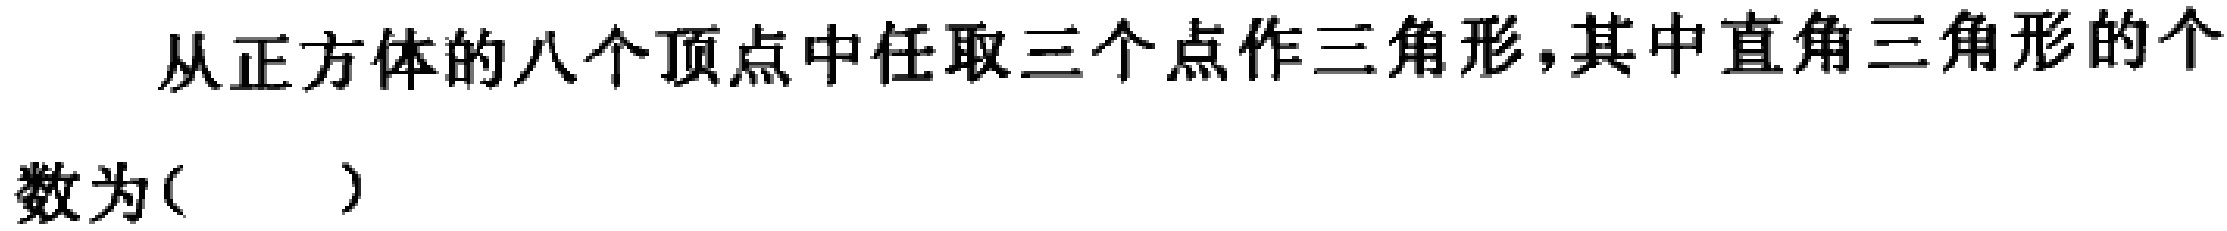
从正方体的八个顶点中任取三个点作三角形，其中直角三角形的个数为( )